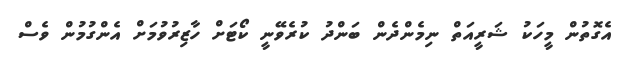
އެގޮތުން މީހަކު ޝަރީއަތް ނިމެންދެން ބަންދު ކުރެވޭނީ ކޯޓަށް ހާޒިރުވުމަށް އެންގުމުން ވެސް